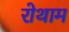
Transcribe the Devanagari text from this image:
रोथाम